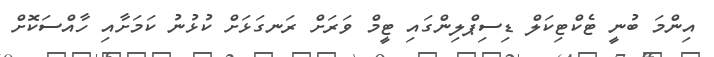
އިންމަ ބުނީ ޓެކްޓިކަލް ޑިސިޕްލިންގައި ޓީމް ވަރަށް ރަނގަޅަށް ކުޅުނު ކަމަށާއި ހާއްސަކޮށް